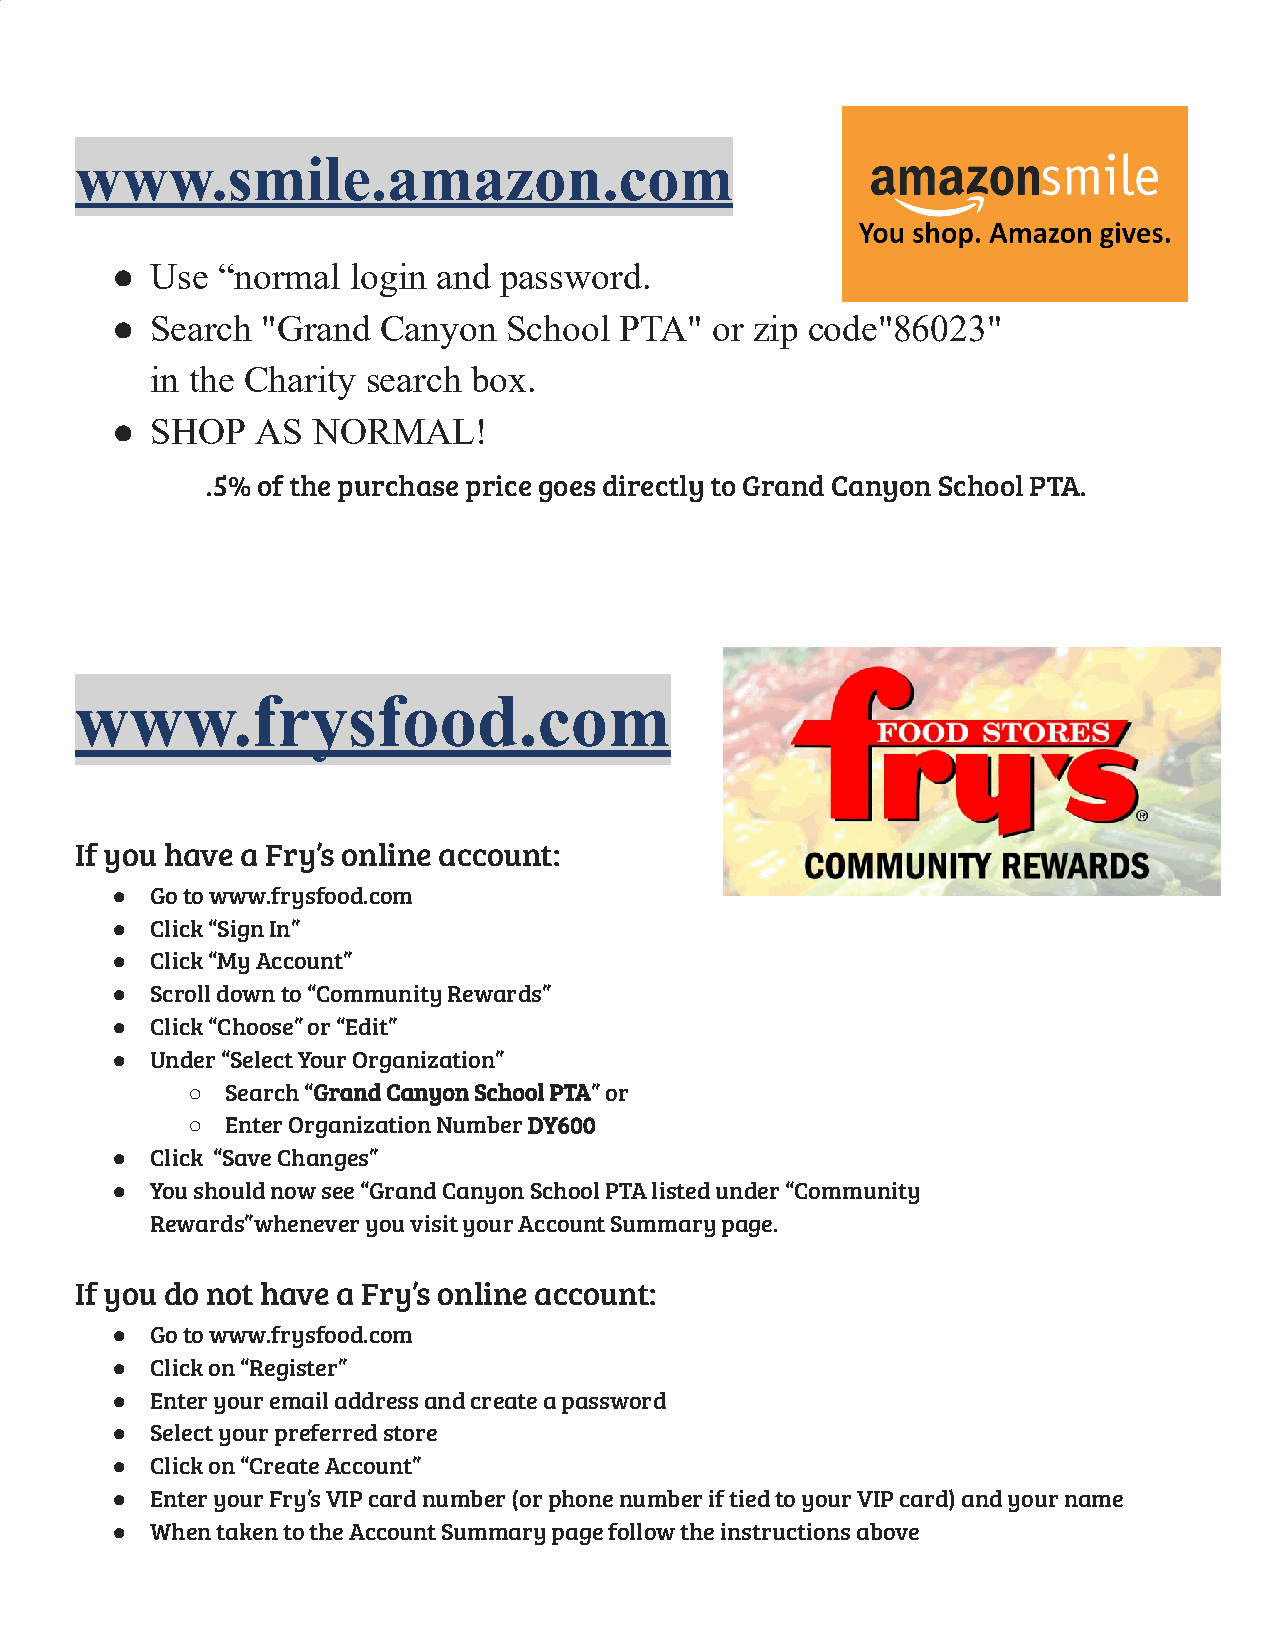
www.smile.amazon.com
 ●  Use “normal  login and password.
 ●  Search "Grand  Canyon  School  PTA"  or zip code"86023"
 in the Charity search box.
 ●  SHOP   AS  NORMAL!
 .5% of the purchase price goes directly to Grand Canyon School PTA.
 www.frysfood.com
 If you have a Fry’s online account:
 ●  Go to www.frysfood.com
 ●  Click “Sign In”
 ●  Click “My Account”
 ●  Scroll down to “Community Rewards”
 ●  Click “Choose” or “Edit”
 ●  Under “Select Your Organization”
 ○  Search “G rand Canyon School PTA” or
 ○  Enter Organization Number D Y600
 ●  Click “Save Changes”
 ●  You should now see “Grand Canyon School PTA listed under “Community
 Rewards”whenever you visit your Account Summary page.
 If you do not have a Fry’s online account:
 ●  Go to www.frysfood.com
 ●  Click on “Register”
 ●  Enter your email address and create a password
 ●  Select your preferred store
 ●  Click on “Create Account”
 ●  Enter your Fry’s VIP card number (or phone number if tied to your VIP card) and your name
 ●  When taken to the Account Summary page follow the instructions above